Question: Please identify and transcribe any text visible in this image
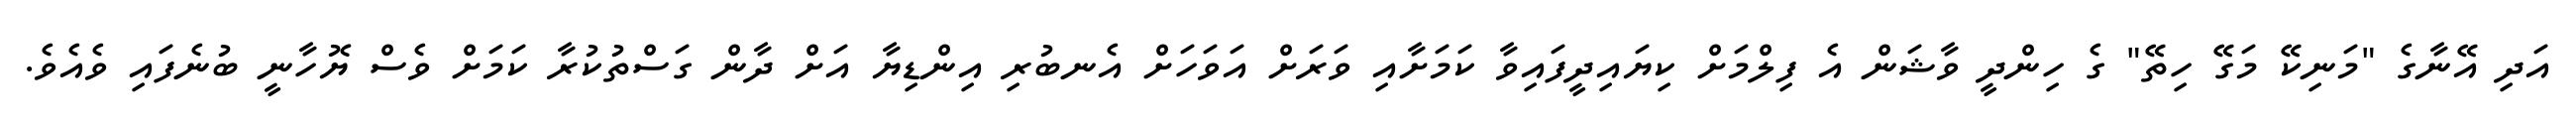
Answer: އަދި އޭނާގެ "މަނިކޭ މަގޭ ހިތޭ" ގެ ހިންދީ ވާޝަން އެ ފިލްމަށް ކިޔައިދީފައިވާ ކަމަށާއި ވަރަށް އަވަހަށް އެނބުރި އިންޑިޔާ އަށް ދާން ގަސްތުކުރާ ކަމަށް ވެސް ޔޮހާނީ ބުނެފައި ވެއެވެ.